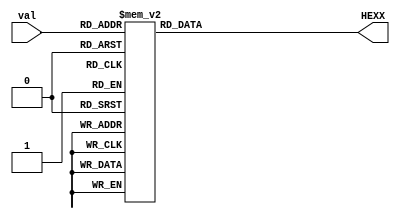
module SevenSegment(
	input [3:0] val,
	output reg [7:0] HEXX
	);
	
	//Whenever anything changes, run through all sixteen possible numbers that can
	//be represented by the 3 bit number val.  Then using the standard sevenseg display
	//binary representations, store the appropriate value in the passed Hex register
	always @ (*)
		case(val)
			0:  HEXX [7:0] = 8'b11000000;
			1:  HEXX [7:0] = 8'b11111001;
			2:  HEXX [7:0] = 8'b10100100;
			3:  HEXX [7:0] = 8'b10110000;
			4:  HEXX [7:0] = 8'b10011001;
			5:  HEXX [7:0] = 8'b10010010;
			6:  HEXX [7:0] = 8'b10000010;
			7:  HEXX [7:0] = 8'b11111000;
			8:  HEXX [7:0] = 8'b10000000;
			9:  HEXX [7:0] = 8'b10010000;
			10: HEXX [7:0] = 8'b10001000;
			11: HEXX [7:0] = 8'b10000011;
			12: HEXX [7:0] = 8'b11000110;
			13: HEXX [7:0] = 8'b10100001;
			14: HEXX [7:0] = 8'b10000110;
			15: HEXX [7:0] = 8'b10001110;
			endcase
	
endmodule